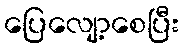
ပြေလျော့စေပြီး